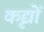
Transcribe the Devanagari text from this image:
कृद्यों